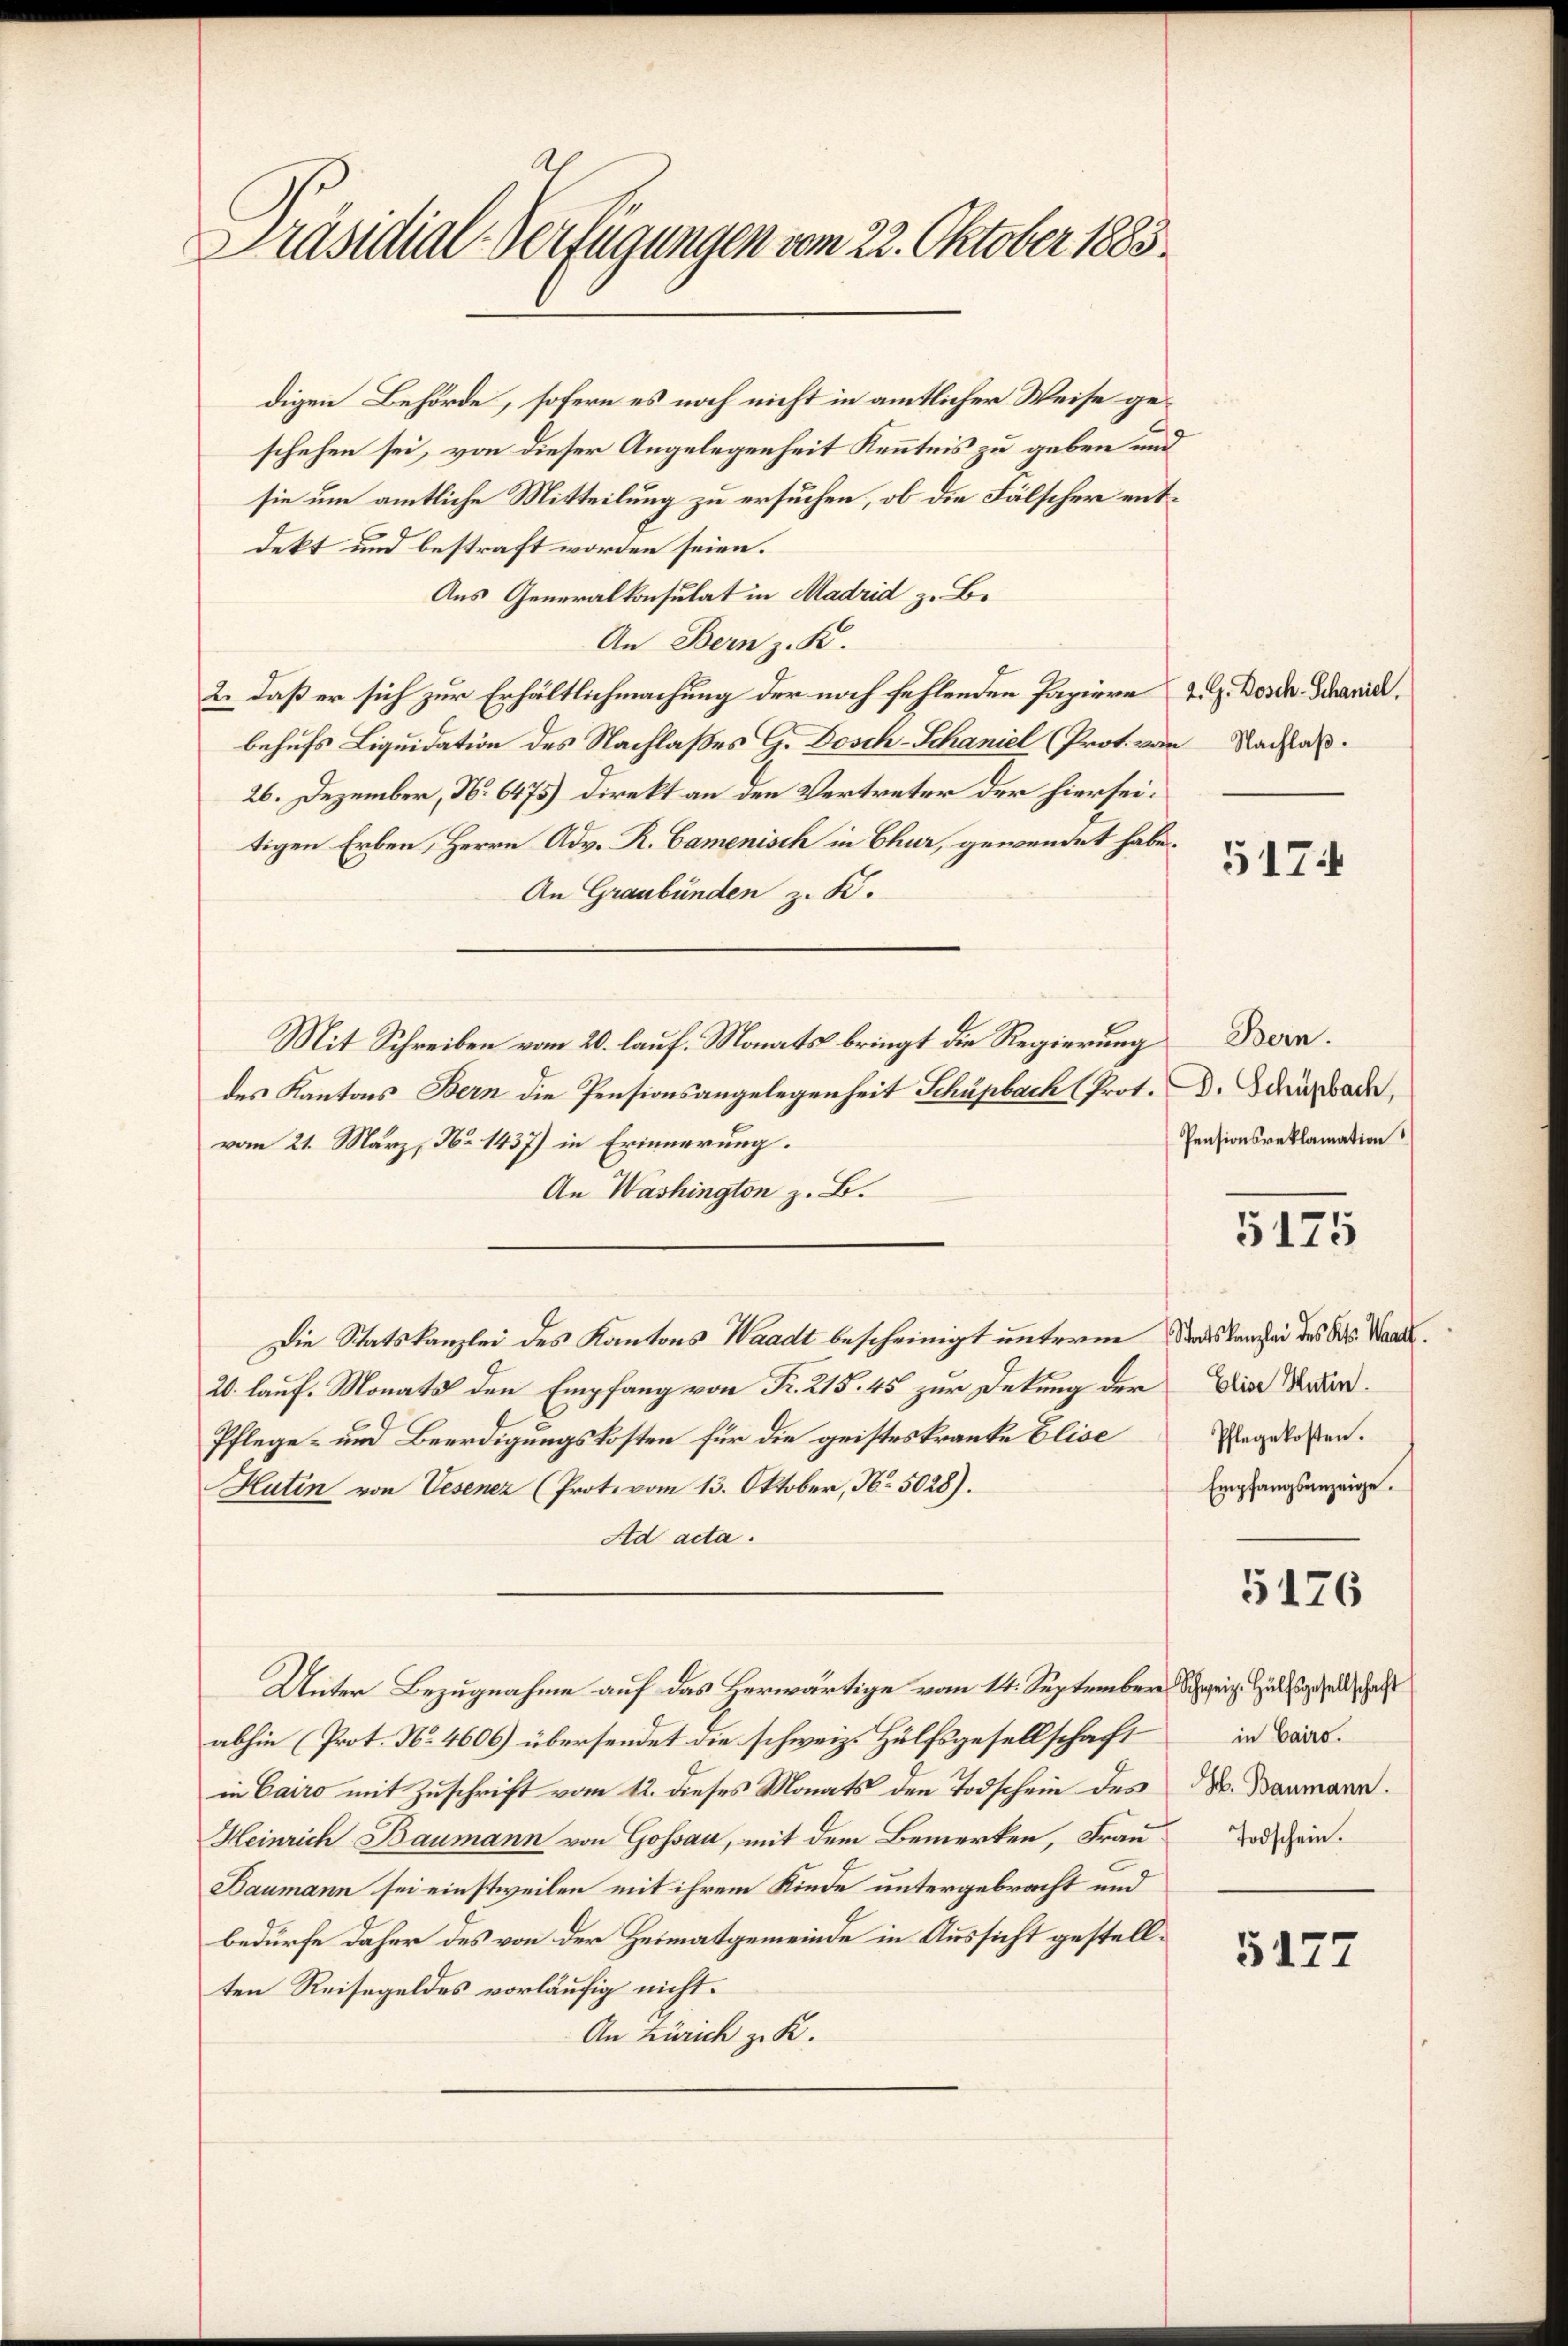
Präsidial-Verfügungen vom 22. Oktober 1883

digen Behörde, sofern es noch nicht in amtlicher Weise geschehen sei, von dieser Angelegenheit Kenntnis zu geben und
sie um amtliche Mitteilung zu ersuchen, ob die Fälscher entdekt und bestraft worden seien.
Aus Generalkonsulat in Madrid z. B.
An Bern z. B.
2. daß er sich zur Erhältlichmachung der noch fehlenden Papiere
behufs Liquidation des Nachlaßes G. Dosch-Schaniel (Prot. von Nachlaß.
26. Dezember, No 6475) Direkt an den Vertreter der hierseitigen Erben, Herrn Adv. R. Camenisch in Chur, gewendet habe.
An Graubünden z. K.
Mit Schreiben vom 20. lauf. Monats bringt die Regierung
des Kantons Bern die Pensionsangelegenheit Schupbach (Prot.
vom 21. März, No 1437) in Erinnerung.
An Washington z. B.
Die Statskanzlei des Kantons Waadt bescheinigt unterm Sonstanzlei des Dr. Wande.
20. lauf. Monats den Empfang von Fr. 215. 45 zur Dekung der
Pflege- und Beerdigungskosten für die geisteskranke Elise
Hutin von Vesener (Prot. vom 13. Oktober, No. 5028).
Ad acta.
Unter Bezugnahme auf das Herwärtige vom 14. September Sr. Hügel al
abhin (Prot. No. 4606) übersendet die schweiz. Hülfsgesellschaft
in Cairo mit Zuschrift vom 12. dieses Monats den Todschein des
Heinrich Baumann von Gossau, mit dem Bemerken, Frau
Baumann sei einstweilen mit ihrem Kinde untergebracht und
bedürfe daher des von der Heimatgemeinde in Aussicht gestellten Reisegeldes vorläufig nicht.
An Zürich z. K.

2. G. Dosch-Schaniel.

5174

Bern.
D. Schüpbach,
Pensionsreklamation

5175

Elise Huten.
Pflegekosten.
Empfangsanzeige.

5126

in Cairo.
H. Baumann.
Todschein.

5127